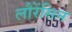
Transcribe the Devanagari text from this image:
लौरेंसिन